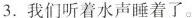
3.我们听着水声睡着了。